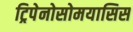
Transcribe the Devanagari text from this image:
ट्रिपेनोसोमयासिस